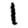
Digit: 1